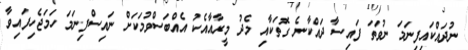
ނުދައްކައިފިނަމަ ނުވަަތަ ފައިސާ ދައްކާނެ ގޮތަކާއި މެދު މީރާއާއެކު އެއްބަސްވުމަކަށް ނައިސްފިނަމަ ހަަމަޖެހިފައިވާ